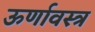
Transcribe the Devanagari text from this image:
ऊर्णावस्त्र